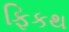
ફિકથ